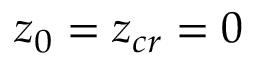
z _ { 0 } = z _ { c r } = 0